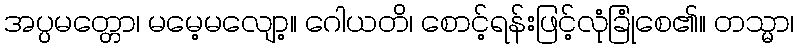
အပ္ပမတ္တော၊ မမေ့မလျော့။ ဂေါယတိ၊ စောင့်ရန်းဖြင့်လုံခြုံစေ၏။ တသ္မာ၊